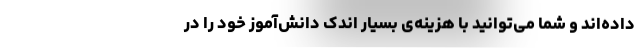
داده‌اند و شما می‌توانید با هزینه‌ی بسیار اندک دانش‌‌آموز خود را در